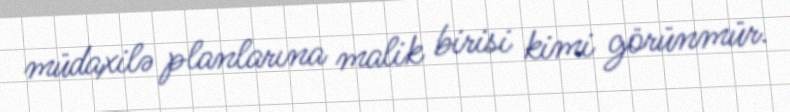
müdaxilə planlarına malik birisi kimi görünmür.